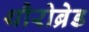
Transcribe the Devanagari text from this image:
थौरोब्रेड